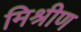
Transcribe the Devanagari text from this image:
मिश्रीण